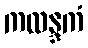
ကလန္ဒကံ